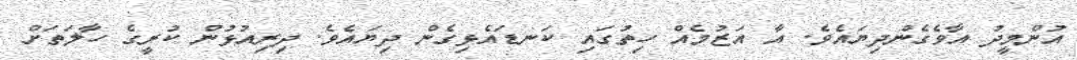
އުންމީދު އާވެގެންދިޔައެވެ. އާ އަޒުމެއް ހިތުގައި ކަނޑައެޅިގެން ދިޔައެވެ. ދިރިއުޅުން ކުރީގެ ހާލަތަށް